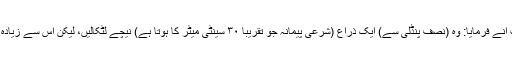
تو آپ انے فرمایا: وہ (نصف پنڈلی سے) ایک ذراع (شرعی پیمانہ جو تقریباً ۳۰ سینٹی میٹر کا ہوتا ہے) نیچے لٹکالیں، لیکن اس سے زیادہ نہیں۔